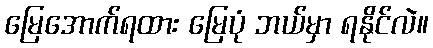
မြေအောက်ရထား မြေပုံ ဘယ်မှာ ရနိုင်လဲ။